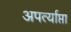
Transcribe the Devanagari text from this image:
अपर्त्याप्ता